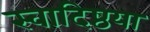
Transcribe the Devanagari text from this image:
स्वादिष्ठया